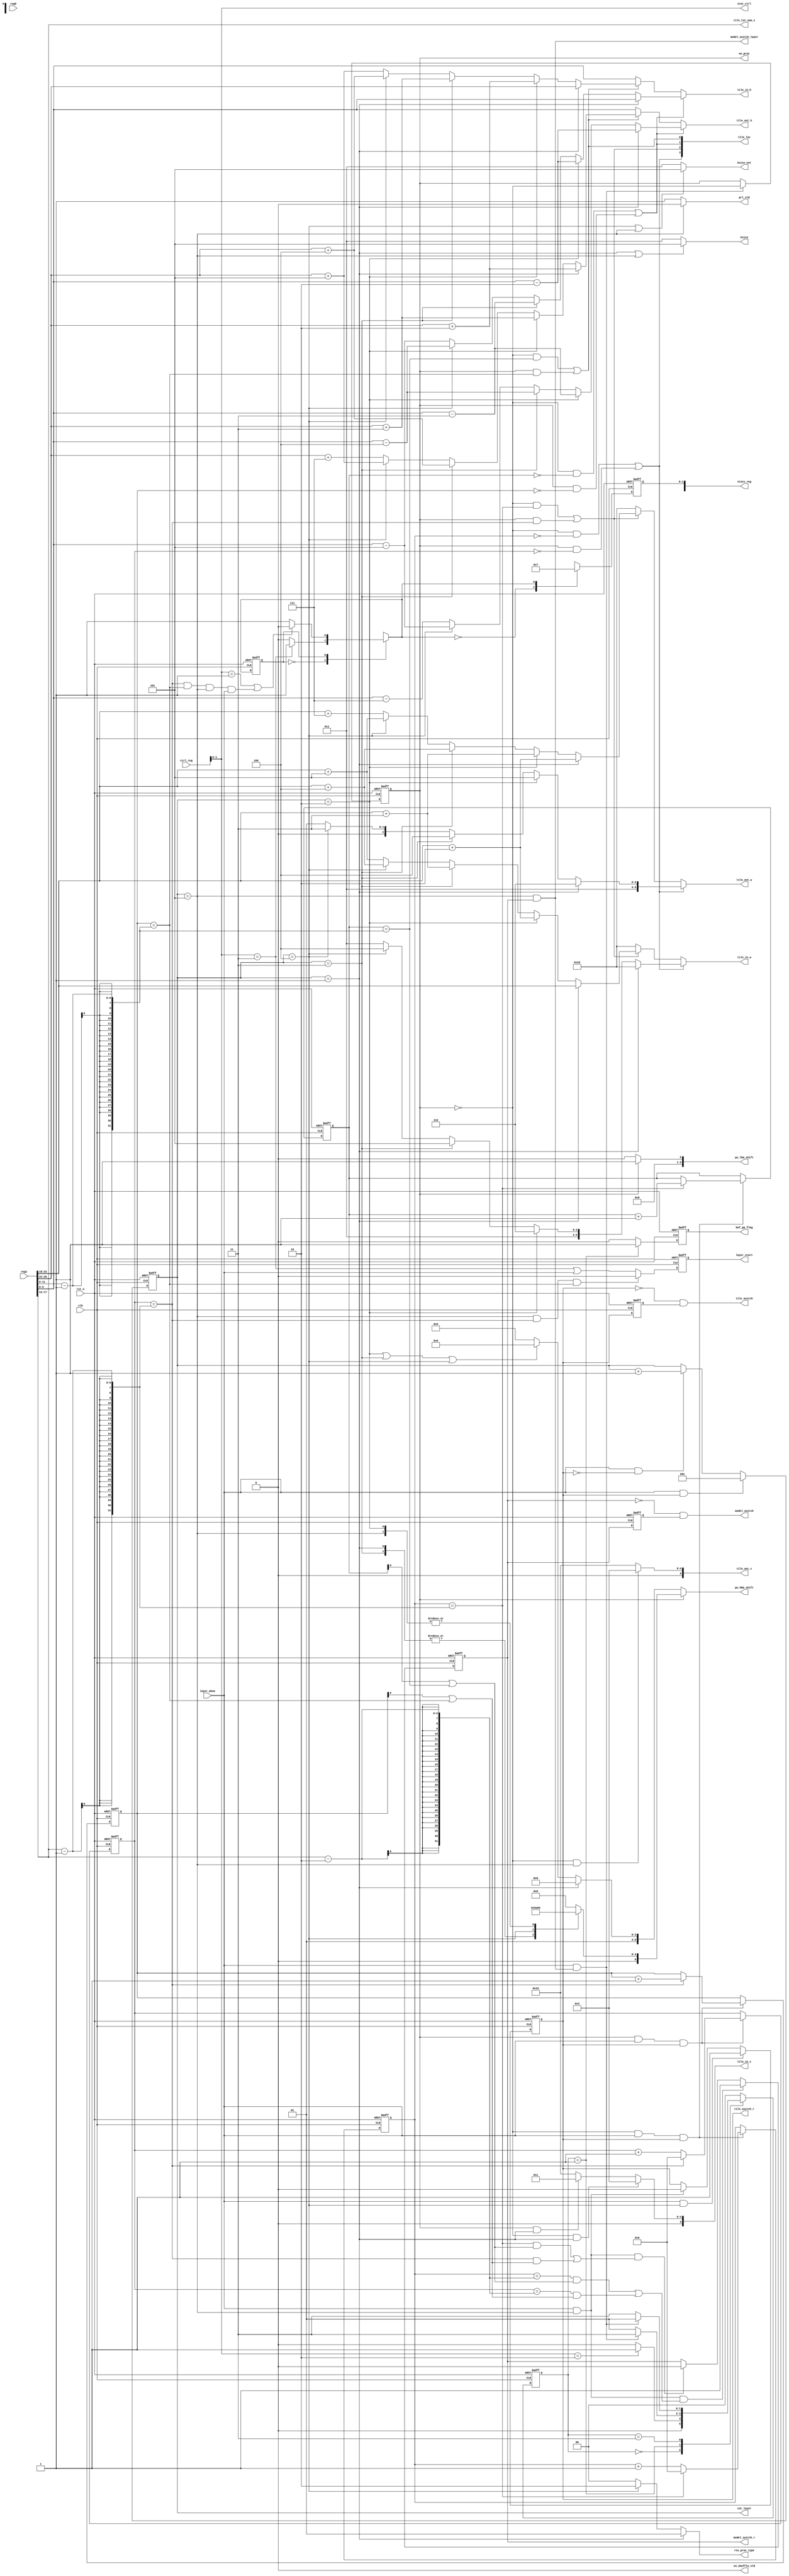
/*
    Top Module:  control.v
    Author:      Hao Zhang
    Time:        202307
*/

module ctrl_engine #(
    parameter    REG_IFMH_WIDTH       = 10       ,
    parameter    REG_IFMW_WIDTH       = 10       ,
    parameter    REG_TILEH_WIDTH      = 6        ,
    parameter    REG_TNY_WIDTH        = 6        ,
    parameter    REG_TNX_WIDTH        = 6        ,
    parameter    REG_TLW_WIDTH        = 6        ,
    parameter    REG_TLH_WIDTH        = 6        ,
    parameter    TILE_BASE_W          = 32       ,
    parameter    REG_IH_WIDTH         = 6        ,
    parameter    REG_OH_WIDTH         = 6        ,
    parameter    REG_IW_WIDTH         = 6        ,
    parameter    REG_OW_WIDTH         = 6        ,
    parameter    REG_IC_WIDTH         = 6        ,
    parameter    REG_OC_WIDTH         = 6        ,
    parameter    REG_AF_WIDTH         = 1        ,
    parameter    REG_HBM_SFT_WIDTH    = 6        ,
    parameter    REG_LBM_SFT_WIDTH    = 6        
)
(
    input     wire                                       clk                 ,
    input     wire                                       rst_n               ,
    input     wire    [                  32 - 1 : 0]     ctrl_reg            ,
    output    reg     [                  32 - 1 : 0]     state_reg           ,
    input     wire    [                  32 - 1 : 0]     reg0                ,
    input     wire    [                  32 - 1 : 0]     reg1                ,
    input     wire                                       layer_done          ,
    output    wire                                       layer_start         ,
    output    wire    [                       1 : 0]     stat_ctrl           ,
    output    reg     [                       2 : 0]     cnt_layer           , 
    output    reg                                        tile_switch_r       , // layer active high
    output    reg                                        model_switch_r      , // tile active high
    output    wire                                       tile_switch         , // pulse @negedge tile_switch_r
    output    wire                                       model_switch        , // pulse @negedge model_switch_r
    output    wire                                       model_switch_layer  , // layer active high, last layer in model_switch_r tile
    output    reg                                        nn_proc             , // 0-dndm 1-sr
    output    wire    [        REG_TNX_WIDTH - 1 : 0]    tile_tot_num_x      ,
    output    wire    [         REG_IH_WIDTH - 1 : 0]    tile_in_h           ,
    output    wire    [         REG_OH_WIDTH - 1 : 0]    tile_out_h          ,
    output    wire    [         REG_IW_WIDTH - 1 : 0]    tile_in_w           ,
    output    wire    [         REG_OW_WIDTH - 1 : 0]    tile_out_w          ,
    output    wire    [         REG_IC_WIDTH - 1 : 0]    tile_in_c           ,
    output    wire    [         REG_OC_WIDTH - 1 : 0]    tile_out_c          ,
    output    wire    [                        2 : 0]    ksize               ,
    output    wire    [                        2 : 0]    ksize_nxt           ,
    output    wire    [                        3 : 0]    tile_loc            ,
    output    wire                                       x4_shuffle_vld      ,
    output    wire    [         REG_AF_WIDTH - 1 : 0]    prl_vld             ,
    output    wire    [                        1 : 0]    res_proc_type       ,
    output    wire    [    REG_HBM_SFT_WIDTH - 1 : 0]    pu_hbm_shift        ,
    output    wire    [    REG_LBM_SFT_WIDTH - 1 : 0]    pu_lbm_shift        ,
    output    reg                                        buf_pp_flag         
);

    wire    [   REG_IFMH_WIDTH - 1 : 0]     ifm_h             ;
    wire    [   REG_IFMW_WIDTH - 1 : 0]     ifm_w             ;
    wire    [  REG_TILEH_WIDTH - 1 : 0]     tile_base_h       ;
    wire    [    REG_TNY_WIDTH - 1 : 0]     tile_tot_num_y    ;
    wire    [    REG_TLW_WIDTH - 1 : 0]     tile_last_w       ;
    wire    [    REG_TLH_WIDTH - 1 : 0]     tile_last_h       ;
    wire    [REG_HBM_SFT_WIDTH - 1 : 0]     pu_hbm_shift_dndm ;
    wire    [REG_HBM_SFT_WIDTH - 1 : 0]     pu_hbm_shift_sr   ;
    wire    [REG_LBM_SFT_WIDTH - 1 : 0]     pu_lbm_shift_dndm ;
    wire    [REG_LBM_SFT_WIDTH - 1 : 0]     pu_lbm_shift_sr   ;
    reg     [    REG_TNY_WIDTH - 1 : 0]     tile_cnt_y_0      ; //dndm
    reg     [    REG_TNX_WIDTH - 1 : 0]     tile_cnt_x_0      ; //dndm
    reg     [    REG_TNY_WIDTH - 1 : 0]     tile_cnt_y_1      ; //sr
    reg     [    REG_TNX_WIDTH - 1 : 0]     tile_cnt_x_1      ; //sr
    reg                                     layer_start_d     ;
    reg                                     tile_switch_r_d   ;
    reg                                     model_switch_r_d  ;

assign stat_ctrl          = ctrl_reg[1:0]                                                                   ;
assign ifm_h              = reg0[9:0]                                                                       ;
assign ifm_w              = reg0[19:10]                                                                     ;
assign tile_base_h        = reg1[5:0]                                                                       ;
assign tile_tot_num_y     = reg1[11:6]                                                                      ;
assign tile_tot_num_x     = reg1[17:12]                                                                     ;
assign tile_last_w        = reg1[23:18]                                                                     ;
assign tile_last_h        = reg1[29:24]                                                                     ;
assign layer_start        = layer_start_d                                                                   ;
assign tile_switch        = (~tile_switch_r) & tile_switch_r_d                                              ;
assign model_switch       = (~model_switch_r) & model_switch_r_d                                            ;
assign ksize              = (cnt_layer == 1 || cnt_layer == 5) ? 'd5 : 'd3                                  ;
assign ksize_nxt          = (cnt_layer == 4 || cnt_layer == 5) ? 'd5 : 'd3                                  ;
assign x4_shuffle_vld     = (nn_proc == 1 && cnt_layer == 5) ? 1'b0 : 1'b0                                  ;
assign prl_vld            = (cnt_layer == 5) ? 1'b0 : 1'b1                                                  ;
assign res_proc_type      = (cnt_layer == 1) ? 2'b01 :
                            (cnt_layer == 4) ? 2'b10 : 2'b00                                                ;
assign model_switch_layer = (cnt_layer == 5) && model_switch_r                                              ;
assign tile_loc[3]        = (nn_proc == 0 && tile_cnt_x_0 == 0) || (nn_proc == 1 && tile_cnt_x_1 == 0)                                      ; //left
assign tile_loc[2]        = (nn_proc == 0 && tile_cnt_x_0 == tile_tot_num_x - 1) || (nn_proc == 1 && tile_cnt_x_1 == tile_tot_num_x - 1)    ; //right
assign tile_loc[1]        = (nn_proc == 0 && tile_cnt_y_0 == 0) || (nn_proc == 1 && tile_cnt_y_1 == 0)                                      ; //top
assign tile_loc[0]        = (nn_proc == 0 && tile_cnt_y_0 == tile_tot_num_y - 1) || (nn_proc == 1 && tile_cnt_y_1 == tile_tot_num_y - 1)    ; //bottom

assign pu_hbm_shift_dndm  = (cnt_layer == 1) ? 'h18 :
                            (cnt_layer == 2) || (cnt_layer == 3) || (cnt_layer == 4) ? 'h16 :'h19           ;

//assign pu_hbm_shift_sr    = (cnt_layer == 1 || cnt_layer == 2 || cnt_layer == 3) ? 'h17 :
//                            (cnt_layer == 4)                                     ? 'h15 : 'h19              ;  
reg     [REG_HBM_SFT_WIDTH - 1 : 0]     pu_hbm_shift_sr_comb   ;
always @(cnt_layer)begin
    case(cnt_layer)
    3'd1:pu_hbm_shift_sr_comb = 'h16;
    3'd2:pu_hbm_shift_sr_comb = 'h15;
    3'd3:pu_hbm_shift_sr_comb = 'h16;
    3'd4:pu_hbm_shift_sr_comb = 'h14;
    3'd5:pu_hbm_shift_sr_comb = 'h15;
    default:pu_hbm_shift_sr_comb ='h0;
    endcase
end

assign pu_hbm_shift_sr    = pu_hbm_shift_sr_comb                                                            ;  
assign pu_hbm_shift       = nn_proc ? pu_hbm_shift_sr : pu_hbm_shift_dndm                                   ;

assign pu_lbm_shift_dndm  = 'h10                                                                            ; 
assign pu_lbm_shift_sr    = 'h11                                                                            ;
assign pu_lbm_shift       = nn_proc ? pu_lbm_shift_sr : pu_lbm_shift_dndm                                   ;

assign tile_in_c          = (nn_proc == 0 && cnt_layer == 1) ? 'd3 :
                            (nn_proc == 1 && cnt_layer == 1) ? 'd1 : 'd16                                   ;
assign tile_out_c         = (nn_proc == 0 && cnt_layer == 5) ? 'd3 : 'd16                                   ;
assign tile_in_w          = (tile_loc[3] == 1) ? ((cnt_layer == 1) ? TILE_BASE_W     :
                                                  (cnt_layer == 2) ? TILE_BASE_W - 2 :
                                                  (cnt_layer == 3) ? TILE_BASE_W - 3 :
                                                  (cnt_layer == 4) ? TILE_BASE_W - 4 : TILE_BASE_W - 5) :
                            (tile_loc[2] == 1) ? ((cnt_layer == 1) ? tile_last_w     :
                                                  (cnt_layer == 2) ? tile_last_w + 2 :
                                                  (cnt_layer == 3) ? tile_last_w + 3 :
                                                  (cnt_layer == 4) ? tile_last_w + 4 : tile_last_w + 5) : TILE_BASE_W;
assign tile_out_w         = (tile_loc[3] == 1) ? ((cnt_layer == 1) ? TILE_BASE_W - 2 :
                                                  (cnt_layer == 2) ? TILE_BASE_W - 3 :
                                                  (cnt_layer == 3) ? TILE_BASE_W - 4 :
                                                  (cnt_layer == 4) ? TILE_BASE_W - 5 : TILE_BASE_W - 7) :
                            (tile_loc[2] == 1) ? ((cnt_layer == 1) ? tile_last_w + 2 :
                                                  (cnt_layer == 2) ? tile_last_w + 3 :
                                                  (cnt_layer == 3) ? tile_last_w + 4 :
                                                  (cnt_layer == 4) ? tile_last_w + 5 : tile_last_w + 7) : TILE_BASE_W;
assign tile_in_h          = (tile_loc[1] == 1) ? ((cnt_layer == 1) ? tile_base_h     :
                                                  (cnt_layer == 2) ? tile_base_h - 2 :
                                                  (cnt_layer == 3) ? tile_base_h - 3 :
                                                  (cnt_layer == 4) ? tile_base_h - 4 : tile_base_h - 5) :
                            (tile_loc[0] == 1) ? ((cnt_layer == 1) ? tile_last_h     :
                                                  (cnt_layer == 2) ? tile_last_h + 2 :
                                                  (cnt_layer == 3) ? tile_last_h + 3 :
                                                  (cnt_layer == 4) ? tile_last_h + 4 : tile_last_h + 5) : tile_base_h;
assign tile_out_h         = (tile_loc[1] == 1) ? ((cnt_layer == 1) ? tile_base_h - 2 :
                                                  (cnt_layer == 2) ? tile_base_h - 3 :
                                                  (cnt_layer == 3) ? tile_base_h - 4 :
                                                  (cnt_layer == 4) ? tile_base_h - 5 : tile_base_h - 7) :
                            (tile_loc[0] == 1) ? ((cnt_layer == 1) ? tile_last_h + 2 :
                                                  (cnt_layer == 2) ? tile_last_h + 3 :
                                                  (cnt_layer == 3) ? tile_last_h + 4 :
                                                  (cnt_layer == 4) ? tile_last_h + 5 : tile_last_h + 7) : tile_base_h;

always@(posedge clk or negedge rst_n)begin
    if(!rst_n)
        tile_cnt_x_0 <= 0;
    else if(nn_proc == 0 && layer_done && tile_switch_r)
        tile_cnt_x_0 <= (tile_cnt_x_0 == tile_tot_num_x - 1) ? 0 : tile_cnt_x_0 + 1;
    else
        tile_cnt_x_0 <= tile_cnt_x_0;
end

always@(posedge clk or negedge rst_n)begin
    if(!rst_n)
        tile_cnt_y_0 <= 0;
    else if(nn_proc == 0 && layer_done && tile_switch_r)
        tile_cnt_y_0 <= (tile_cnt_x_0 == tile_tot_num_x - 1) ? tile_cnt_y_0 + 1 : tile_cnt_y_0;
    else
        tile_cnt_y_0 <= tile_cnt_y_0;
end

always@(posedge clk or negedge rst_n)begin
    if(!rst_n)
        tile_cnt_x_1 <= 0;
    else if(nn_proc == 1 && layer_done && tile_switch_r)
        tile_cnt_x_1 <= (tile_cnt_x_1 == tile_tot_num_x - 1) ? 0 : tile_cnt_x_1 + 1;
    else
        tile_cnt_x_1 <= tile_cnt_x_1;
end

always@(posedge clk or negedge rst_n)begin
    if(!rst_n)
        tile_cnt_y_1 <= 0;
    else if(nn_proc == 1 && layer_done && tile_switch_r)
        tile_cnt_y_1 <= (tile_cnt_x_1 == tile_tot_num_x - 1) ? tile_cnt_y_1 + 1 : tile_cnt_y_1;
    else
        tile_cnt_y_1 <= tile_cnt_y_1;
end

always@(posedge clk or negedge rst_n)begin
    if(!rst_n)
        tile_switch_r <= 0;
    else if(layer_done && cnt_layer == 4)
        tile_switch_r <= 1;
    else if(layer_done && cnt_layer == 5)
        tile_switch_r <= 0;
    else
        tile_switch_r <= tile_switch_r;
end

always@(posedge clk or negedge rst_n)begin
    if(!rst_n)
        model_switch_r <= 0;
    else if(layer_done && cnt_layer == 5 && (((tile_cnt_x_0 == tile_tot_num_x - 2) && ((tile_cnt_y_0[0] == 1) || (tile_cnt_y_0 == tile_tot_num_y - 1))) || ((tile_cnt_x_1 == tile_tot_num_x - 2) && ((tile_cnt_y_1[0] == 1) || (tile_cnt_y_1 == tile_tot_num_y - 1)))))
        model_switch_r <= 1;
    else if(layer_done && cnt_layer == 5 && (((tile_cnt_x_0 == tile_tot_num_x - 1) && ((tile_cnt_y_0[0] == 1) || (tile_cnt_y_0 == tile_tot_num_y - 1))) || ((tile_cnt_x_1 == tile_tot_num_x - 1) && ((tile_cnt_y_1[0] == 1) || (tile_cnt_y_1 == tile_tot_num_y - 1)))))
        model_switch_r <= 0;
    else
        model_switch_r <= model_switch_r;
end

always@(posedge clk or negedge rst_n)begin
    if(!rst_n)
        layer_start_d <= 0;
    else if(cnt_layer == 5 && tile_cnt_x_1 == tile_tot_num_x - 1 && tile_cnt_y_1 == tile_tot_num_y - 1)
        layer_start_d <= 0;
    else
        layer_start_d <= (ctrl_reg[1:0] == 2'b11) || layer_done;
end

always@(posedge clk or negedge rst_n)begin
    if(!rst_n)begin
        tile_switch_r_d  <= 0;
        model_switch_r_d <= 0;
    end
    else begin
        tile_switch_r_d  <= tile_switch_r;
        model_switch_r_d <= model_switch_r;
    end
end

always@(posedge clk or negedge rst_n)begin //layer_cnt 1 ~ 5
    if(!rst_n)
        cnt_layer <= 1;
    else if(layer_done && tile_switch_r)
        cnt_layer <= 1;
    else if(layer_done && !tile_switch_r)
        cnt_layer <= cnt_layer + 1;
    else
        cnt_layer <= cnt_layer;
end

always@(posedge clk or negedge rst_n)begin
    if(!rst_n)
        nn_proc <= 0;
    else if(layer_done && model_switch_layer)
        nn_proc <= ~nn_proc;
    else
        nn_proc <= nn_proc;
end
 //modify when tb
/*
always@(posedge clk or negedge rst_n)begin		
    if(!rst_n)		
        nn_proc <= 0;		
    else if(layer_done && model_switch_layer)		
        nn_proc <= 1;		
    else		
        nn_proc <= 1;		
end*/
// top dla fsm
localparam  IDLE = 1'b0;
localparam  CMPT = 1'b1;

reg    cur_state;
reg    next_state;

always@(posedge clk or negedge rst_n)begin
    if(!rst_n)
        cur_state <= IDLE;
    else
        cur_state <= next_state;
end

always@(*)begin
    case(cur_state)
        IDLE:begin
            if(ctrl_reg[1:0] == 2'b11)
                next_state = CMPT;
            else 
                next_state = IDLE;
        end
        CMPT:begin
            if(ctrl_reg[1:0] == 2'b01 || ((tile_cnt_x_1 == tile_tot_num_x - 1) && (tile_cnt_y_1 == tile_tot_num_y - 1) && (cnt_layer == 5) && layer_done))
                next_state = IDLE;
            else 
                next_state = CMPT;
        end
        default:
                next_state = IDLE;
    endcase
end

always@(posedge clk or negedge rst_n)begin
    if(!rst_n)
        state_reg[1:0]  <= 2'b01;
    else
        case(next_state)
            IDLE:begin
                state_reg[1:0] <= 2'b01;
            end
            CMPT:begin
                state_reg[1:0] <= 2'b11;
            end
            default:begin
                state_reg[1:0] <= 2'b01;
            end
        endcase
end

// weight & param buf ping-pong fsm
localparam    A0      = 2'b00;
localparam    SP0_A1  = 2'b01;
localparam    A0_SP1  = 2'b11;

reg  [1:0]    cur_state_0;
reg  [1:0]    next_state_0;

always@(posedge clk or negedge rst_n)begin
    if(!rst_n)
        cur_state_0 <= A0;
    else
        cur_state_0 <= next_state_0;
end

always@(*)begin
    case(cur_state_0)
        A0:begin
            if(stat_ctrl == 2'b10)
                next_state_0 = SP0_A1;
            else 
                next_state_0 = A0;
        end
        SP0_A1:begin
            if(layer_done && model_switch_layer)
                next_state_0 = A0_SP1;
            else
                next_state_0 = SP0_A1;
        end
        A0_SP1:begin
            if(layer_done && model_switch_layer)
                next_state_0 = SP0_A1;
            else
                next_state_0 = A0_SP1;
        end
        default:
            next_state_0 = A0;
    endcase
end

always@(posedge clk or negedge rst_n)begin
    if(!rst_n)
        buf_pp_flag <= 0;
    else begin
        case(cur_state_0)
            A0:
                buf_pp_flag <= 0;
            SP0_A1:
                buf_pp_flag <= 1;
            A0_SP1:
                buf_pp_flag <= 0;
            default:
                buf_pp_flag <= 0;
        endcase
    end
end

endmodule